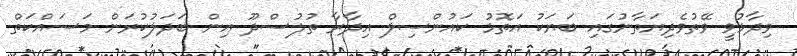
ވިދާޅުވީ ވޭތުވެދިޔަތާނުގައި ބަޔަކު އަތޮޅު ކައުންސިލް އިދާރާ ތުލުސްދޫ އިން ބަދަލުކުރަން މަސައްކަތް